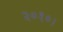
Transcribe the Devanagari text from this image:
२०१०।